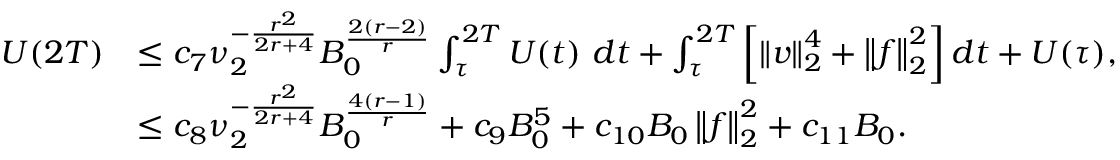
\begin{array} { r l } { U ( 2 T ) } & { \leq c _ { 7 } \nu _ { 2 } ^ { - \frac { r ^ { 2 } } { 2 r + 4 } } B _ { 0 } ^ { \frac { 2 ( r - 2 ) } { r } } \int _ { \tau } ^ { 2 T } U ( t ) \ d t + \int _ { \tau } ^ { 2 T } \left[ \left\lVert \boldsymbol { v } \right\rVert _ { 2 } ^ { 4 } + \left\lVert \boldsymbol { f } \right\rVert _ { 2 } ^ { 2 } \right] d t + U ( \tau ) , } \\ & { \leq c _ { 8 } \nu _ { 2 } ^ { - \frac { r ^ { 2 } } { 2 r + 4 } } B _ { 0 } ^ { \frac { 4 ( r - 1 ) } { r } } + c _ { 9 } B _ { 0 } ^ { 5 } + c _ { 1 0 } B _ { 0 } \left\lVert \boldsymbol { f } \right\rVert _ { 2 } ^ { 2 } + c _ { 1 1 } B _ { 0 } . } \end{array}